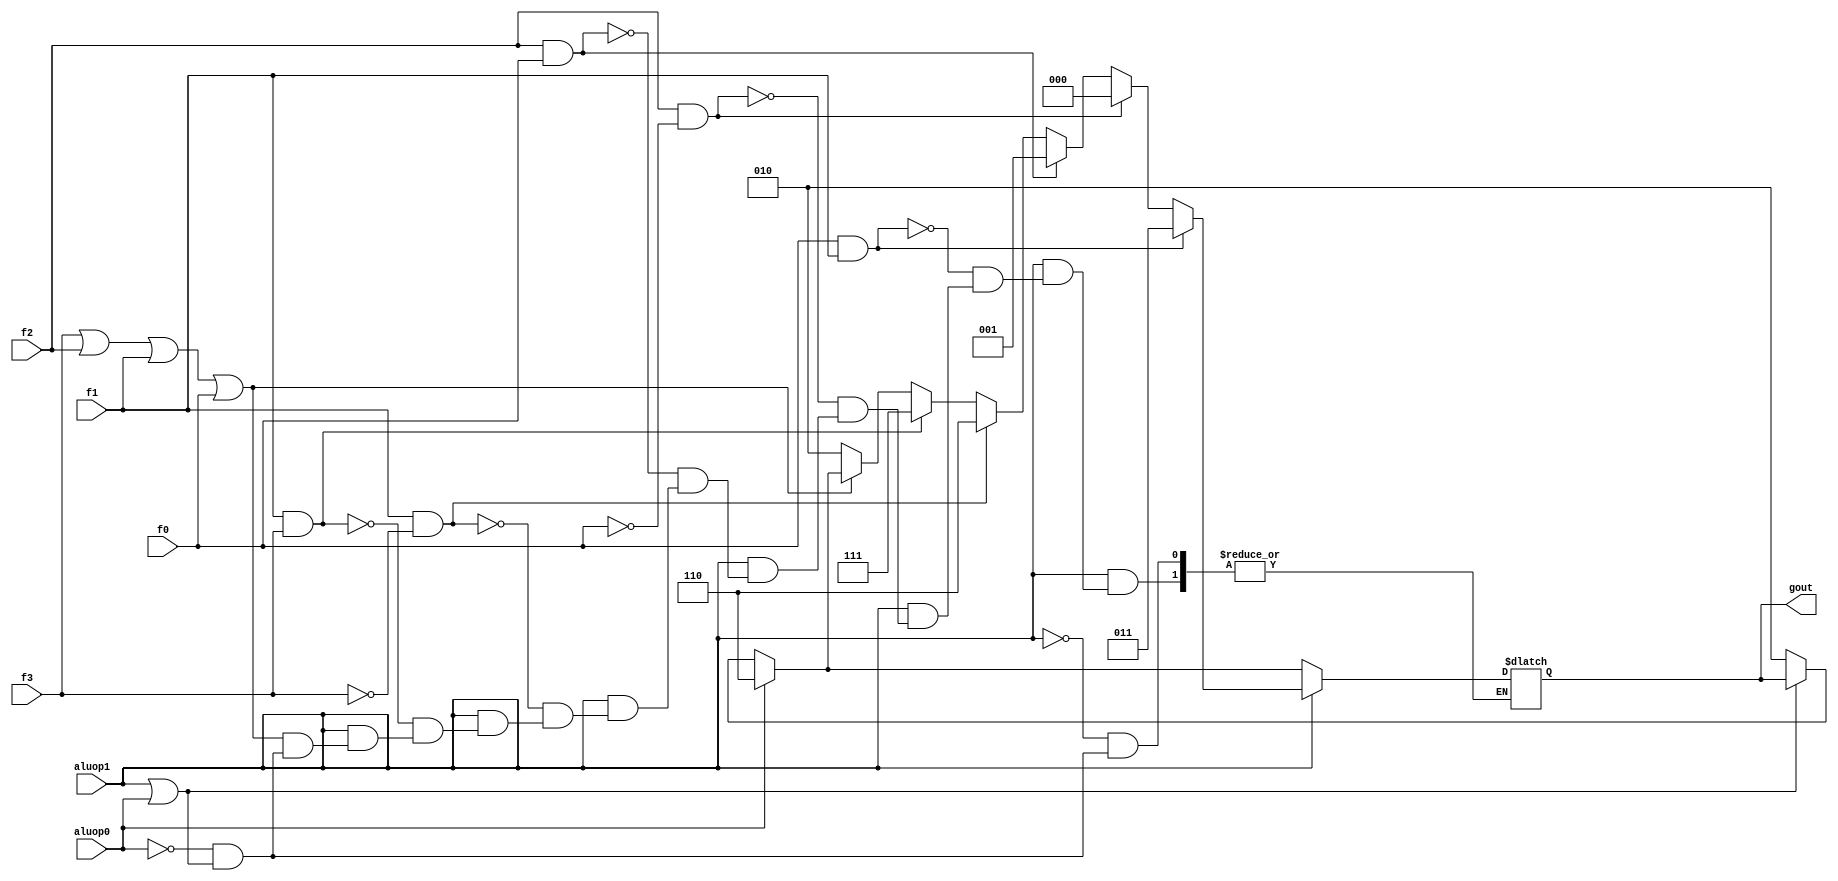
module alucont(aluop1,aluop0,f3,f2,f1,f0,gout);//Figure 4.12 
input aluop1,aluop0,f3,f2,f1,f0;
output [2:0] gout;
reg [2:0] gout;
always @(aluop1 or aluop0 or f3 or f2 or f1 or f0)
begin
if(~(aluop1|aluop0))  gout=3'b010;
if(aluop0)gout=3'b110;
if(aluop1)//R-type
begin
	if (~(f3|f2|f1|f0))gout=3'b010; 	//function code=0000,ALU control=010 (add)
	if (f1&f3)gout=3'b111;			//function code=1x1x,ALU control=111 (set on less than)
	if (f1&~(f3))gout=3'b110;		//function code=0x10,ALU control=110 (sub)
	if (f2&f0)gout=3'b001;			//function code=x1x1,ALU control=001 (or)
	if (f2&~(f0))gout=3'b000;		//function code=x1x0,ALU control=000 (and)
	if (f0&f1)gout=3'b011; //srl		//function code=xx11,ALU control=011 (srl)
end
end
endmodule